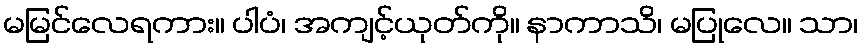
မမြင်လေရကား။ ပါပံ၊ အကျင့်ယုတ်ကို။ နာကာသိ၊ မပြုလေ။ သာ၊